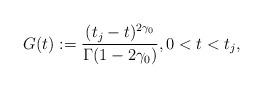
LaTeX: \begin{align*} G(t) := \frac{(t_j-t)^{2\gamma_0}}{\Gamma(1-2\gamma_0)}, 0 < t < t_j, \end{align*}